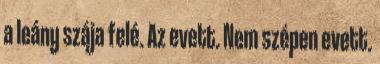
a leány szája felé. Az evett. Nem szépen evett.